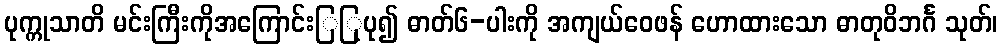
ပုက္ကုသာတိ မင်းကြီးကိုအကြောင်းြြုပု၍ ဓာတ်၆-ပါးကို အကျယ်ဝေဖန် ဟောထားသော ဓာတုဝိဘင်္ဂ သုတ်၊